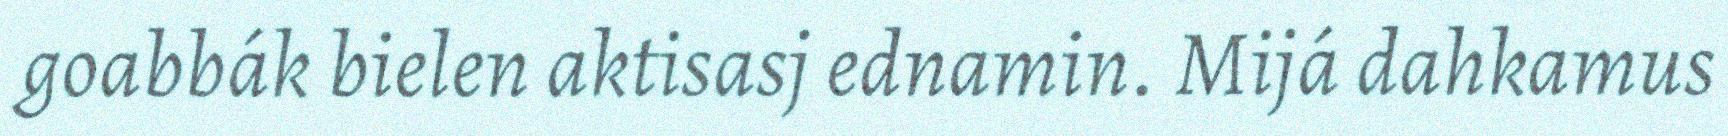
goabbák bielen aktisasj ednamin. Mijá dahkamus